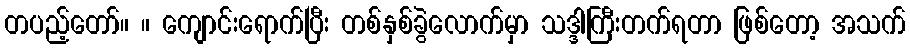
တပည့်တော်။ ။ ကျောင်းရောက်ပြီး တစ်နှစ်ခွဲလောက်မှာ သဒ္ဒါကြီးတက်ရတာ ဖြစ်တော့ အသက်